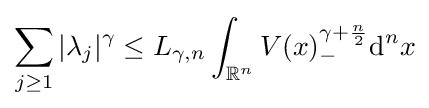
\sum _{j\geq 1}|\lambda _{j}|^{\gamma }\leq L_{\gamma ,n}\int _{\mathbb {R} ^{n}}V(x)_{-}^{\gamma +{\frac {n}{2}}}\mathrm {d} ^{n}x